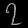
Digit: ၇